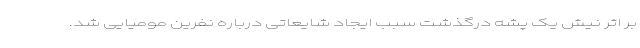
بر اثر نیش یک پشه درگذشت سبب ایجاد شایعاتی درباره نفرین مومیایی شد.